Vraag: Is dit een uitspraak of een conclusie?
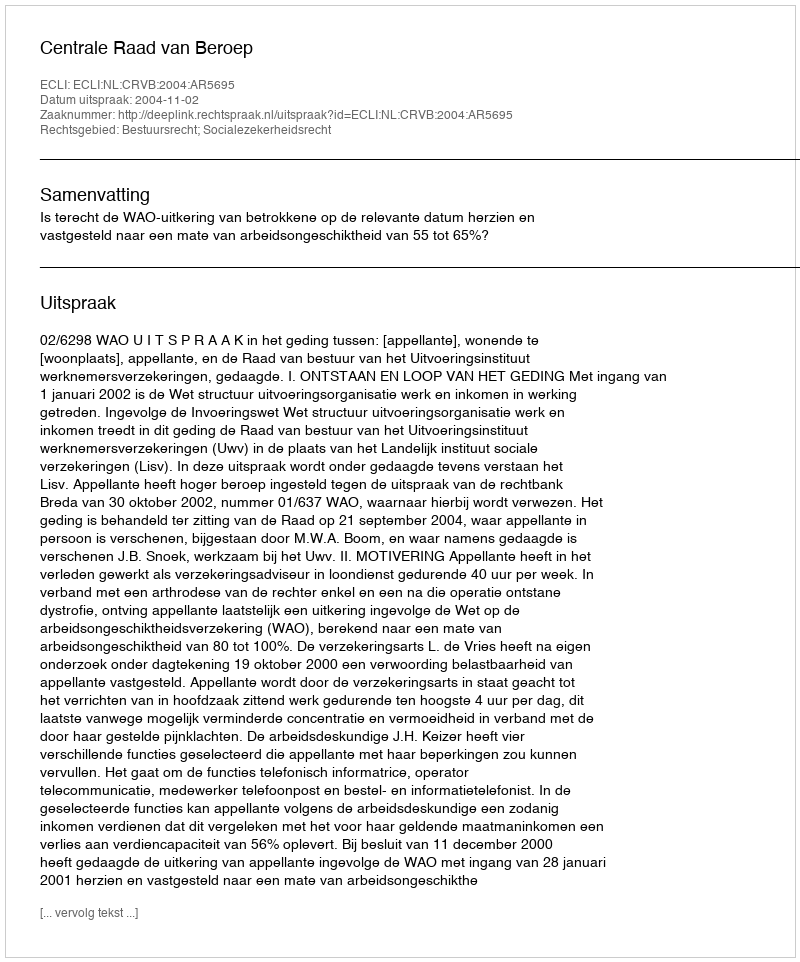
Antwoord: Uitspraak